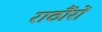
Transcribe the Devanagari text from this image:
राठौंरों